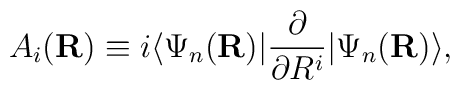
A_{i}({\bf R})\equiv i\langle\Psi_{n}({\bf R})|\frac{\partial}{\partial R^{i}} |\Psi_{n}({\bf R}) \rangle,